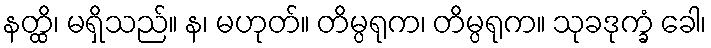
နတ္ထိ၊ မရှိသည်။ န၊ မဟုတ်။ တိမ္ပရုက၊ တိမ္ပရုက။ သုခဒုက္ခံ ခေါ၊